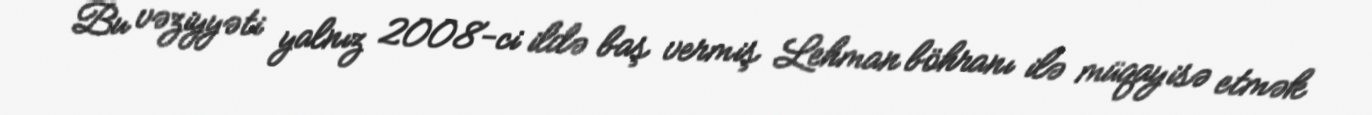
Bu vəziyyəti yalnız 2008-ci ildə baş vermiş Lehman böhranı ilə müqayisə etmək